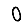
Digit: 0